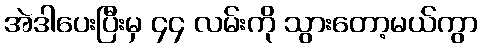
အဲဒါပေးပြီးမှ ၄၄ လမ်းကို သွားတော့မယ်ကွာ